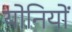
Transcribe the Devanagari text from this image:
योनियों